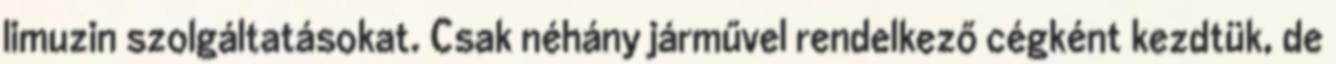
limuzin szolgáltatásokat. Csak néhány járművel rendelkező cégként kezdtük, de